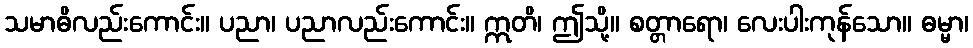
သမာဓိလည်းကောင်း။ ပညာ၊ ပညာလည်းကောင်း။ ဣတိ၊ ဤသို့။ စတ္တာရော၊ လေးပါးကုန်သော။ ဓမ္မာ၊